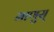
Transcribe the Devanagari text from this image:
माणुस्